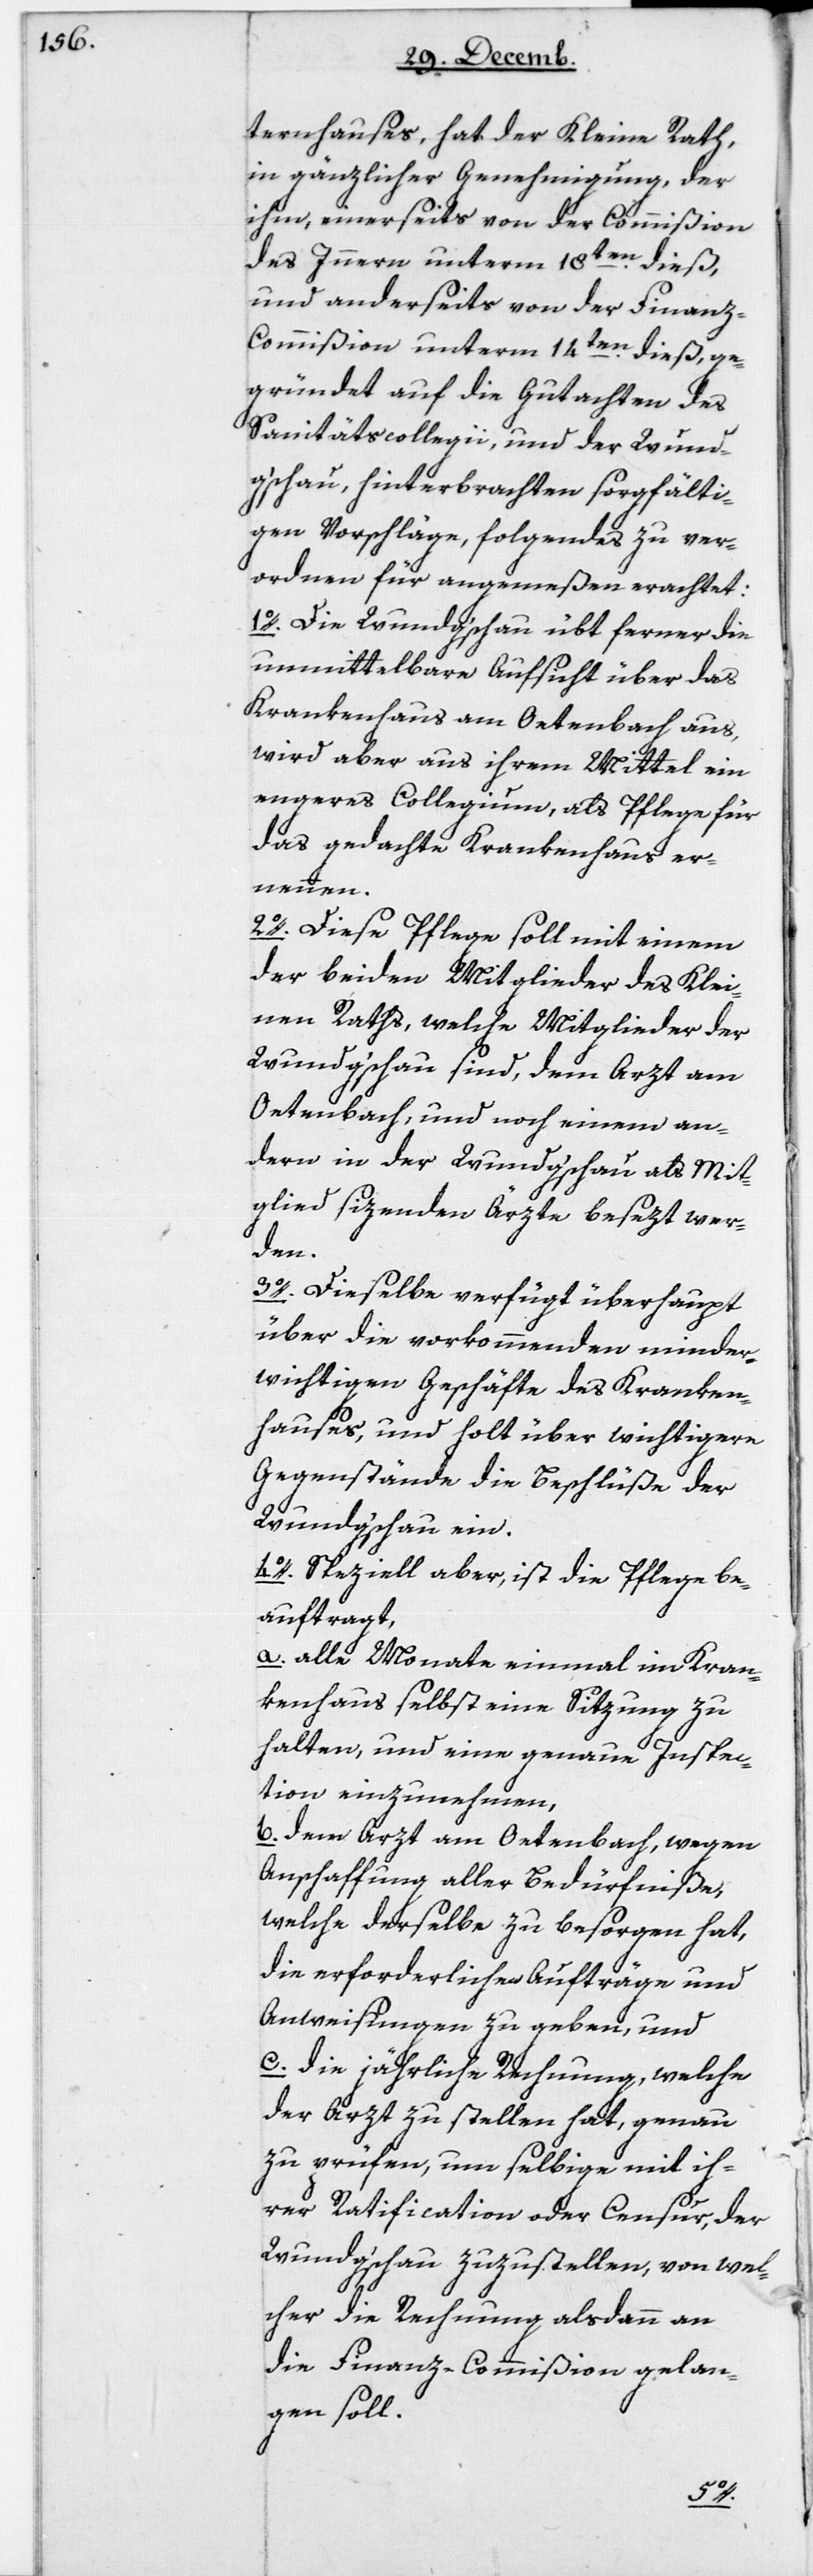
ternhauses, hat der Kleine Rath,
in gänzlicher Genehmigung der
ihm, einerseits von der Commißion
des Innern unterm 18ten dieß,
und anderseits von der Finan¬
z-Commißion unterm 14ten dieß, ge¬
gründet auf die Gutachten des
Sanitätscollegii und der Wund¬
gschau, hinterbrachten sorgfälti¬
gen Vorschläge, Folgendes zu ver¬
ordnen für angemeßen erachtet:
1. Die Wundgschau übt ferner die
unmittelbare Aufsicht über das
Krankenhaus am Oetenbach aus,
wird aber aus ihrem Mittel ein
engeres Collegium, als Pflege für
das gedachte Krankenhaus er¬
nennen.
2. Diese Pflege soll mit einem
der beiden Mitglieder des Klei¬
nen Raths, welche Mitglieder der
Wundgschau sind, dem Arzt am
Oetenbach, und noch einem an¬
dern in der Wundgschau als Mit¬
glied sizenden Ärzte besezt wer¬
den.
3. Dieselbe verfügt überhaupt
über die vorkommenden minder
wichtigen Geschäfte des Kranken¬
hauses, und holt über wichtigere
Gegenstände die Beschlüße der
Wundgschau ein.
4. Speziell aber, ist die Pflege be¬
auftragt,
a. alle Monate einmal im Kran¬
kenhaus selbst eine Sitzung zu
halten, und eine genaue Inspec¬
tion einzunehmen,
b. dem Arzt am Oetenbach, wegen
Anschaffung aller Bedürfniße,
welche derselbe zu besorgen hat,
die erforderlichen Aufträge und
Anweisungen zu geben, und
c. die jährliche Rechnung, welche
der Arzt zu stellen hat, genau
zu prüfen, um selbige mit ih¬
rer Ratification oder Censur, der
Wundgschau zuzustellen, von wel¬
cher die Rechnung alsdann an
die Finanzcommißion gelan¬
gen soll.